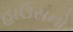
હાઉસનો